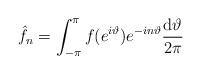
LaTeX: \begin{align*}\hat{f}_n = \int_{-\pi}^{\pi} f(e^{i\vartheta})e^{-in\vartheta}\frac{{\rm d}\vartheta}{2\pi}\end{align*}